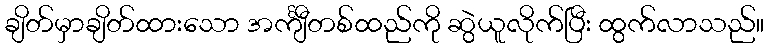
ချိတ်မှာချိတ်ထားသော အင်္ကျီတစ်ထည်ကို ဆွဲယူလိုက်ပြီး ထွက်လာသည်။